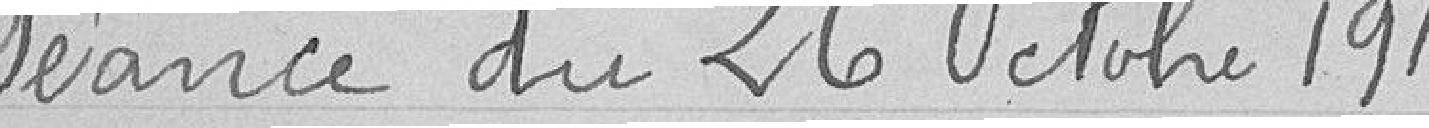
séance du 26 octobre 1918